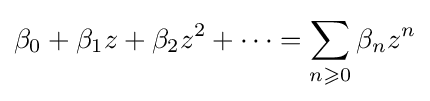
\beta _{0}+\beta _{1}z+\beta _{2}z^{2}+\dots =\sum _{n\geqslant 0}\beta _{n}z^{n}